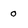
Character: o